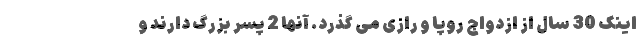
اینک 30 سال از ازدواج روپا و رازی می گذرد. آنها 2 پسر بزرگ دارند و